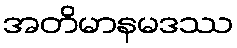
အတိမာနမဒဿ